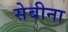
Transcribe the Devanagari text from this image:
सेबीना